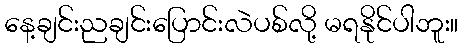
နေ့ချင်းညချင်းပြောင်းလဲပစ်လို့ မရနိုင်ပါဘူး။